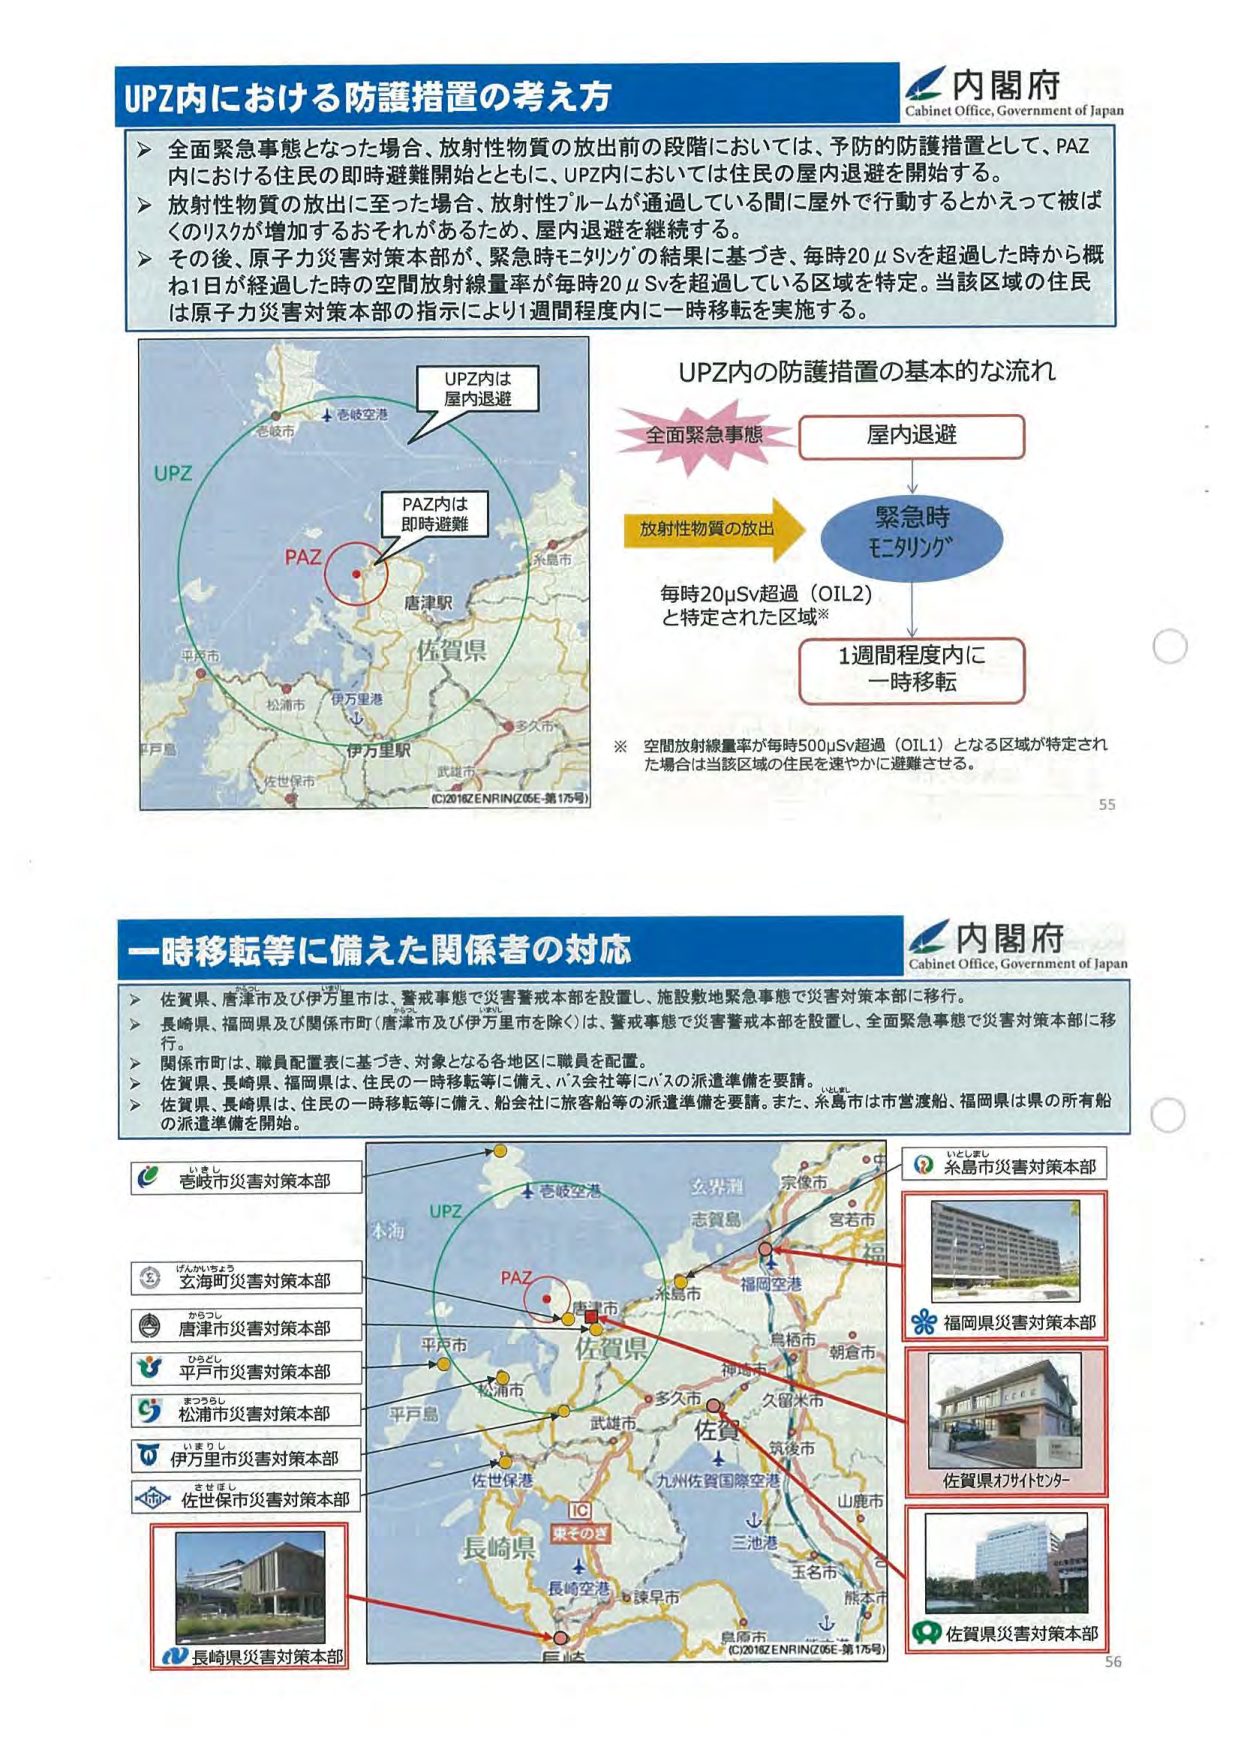
UPZ内における防護措置の考え方
内閣府
Cabinet Office, Government of Japan
> 全面緊急事態となった場合、放射性物質の放出前の段階においては、予防的防護措置として、PAZ内における住民の即時避難開始とともに、UPZ内においては住民の屋内退避を開始する。
> 放射性物質の放出に至った場合、放射性プルームが通過している間に屋外で行動するとかえって被ばくのリスクが増加するおそれがあるため、屋内退避を継続する。
> その後、原子力災害対策本部が、緊急時モニタリングの結果に基づき、毎時20μSvを超過した時から概ね1日が経過した時の空間放射線量率が毎時20μSvを超過している区域を特定。当該区域の住民は原子力災害対策本部の指示により1週間程度内に一時移転を実施する。
UPZ内は
屋内退避
UPZ内の防護措置の基本的な流れ
全面緊急事態
屋内退避
放射性物質の放出
緊急時
モニタリング
毎時20μSv超過（OIL2）
と特定された区域※
1週間程度内に
一時移転
※ 空間放射線量率が毎時500μSv超過（OIL1）となる区域が特定された場合は当該区域の住民を速やかに避難させる。
(C)2018ZENRIN(Z05E-第175号)
55
一時移転等に備えた関係者の対応
内閣府
Cabinet Office, Government of Japan
> 佐賀県、唐津市及び伊万里市は、警戒事態で災害警戒本部を設置し、施設敷地緊急事態で災害対策本部に移行。
> 長崎県、福岡県及び関係市町（唐津市及び伊万里市を除く）は、警戒事態で災害警戒本部を設置し、全面緊急事態で災害対策本部に移行。
> 関係市町は、職員配置表に基づき、対象となる各地区に職員を配置。
> 佐賀県、長崎県、福岡県は、住民の一時移転等に備え、バス会社等にバスの派遣準備を要請。
> 佐賀県、長崎県は、住民の一時移転等に備え、船会社に旅客船等の派遣準備を要請。また、糸島市は市営渡船、福岡県は県の所有船の派遣準備を開始。
いとしまし
糸島市災害対策本部
佐賀県
佐賀県オフィスセンター
佐賀県災害対策本部
福岡県災害対策本部
佐世保市災害対策本部
伊万里市災害対策本部
松浦市災害対策本部
平戸市災害対策本部
唐津市災害対策本部
玄海町災害対策本部
佐賀市災害対策本部
長崎県災害対策本部
(C)2018ZENRIN(Z05E-第175号)
56